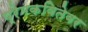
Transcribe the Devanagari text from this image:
प्रेमकवितेवर